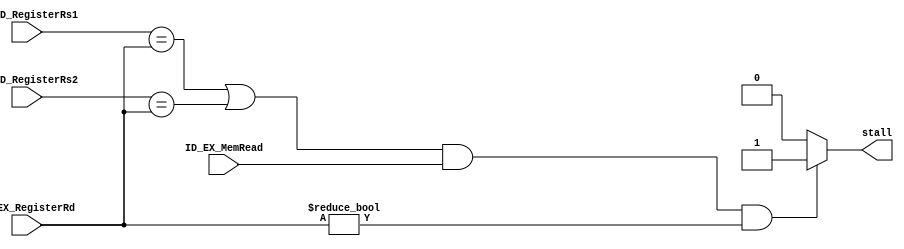
`timescale 1ns / 1ps

/*******************************************************************
*
* Module: HazardUnit.v
* Project: CSCE3301_PROJECT1
          Mohamed Noureldin - mohamed-sherif@aucegypt.edu
* Description: control unit to detect hazards and generate signals accordingly to stall
*
* Change history: 18/04/2023 - created module
*
*
**********************************************************************/


module HazardUnit(
    input [4:0] IF_ID_RegisterRs1, IF_ID_RegisterRs2, ID_EX_RegisterRd,
    input ID_EX_MemRead,
    output reg stall
    );
    
    always @(*) begin
        if ( ( (IF_ID_RegisterRs1 == ID_EX_RegisterRd) || (IF_ID_RegisterRs2 == ID_EX_RegisterRd) ) && ID_EX_MemRead 
	&& ID_EX_RegisterRd != 0)
            stall = 1'b1;
        else
            stall = 1'b0;
    end
endmodule